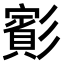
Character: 𫴑